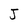
Character: J